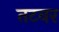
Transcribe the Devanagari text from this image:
तटवर